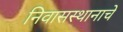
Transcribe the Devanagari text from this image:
निवासस्थानाचे